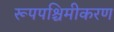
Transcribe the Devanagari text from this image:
रूपपश्चिमीकरण